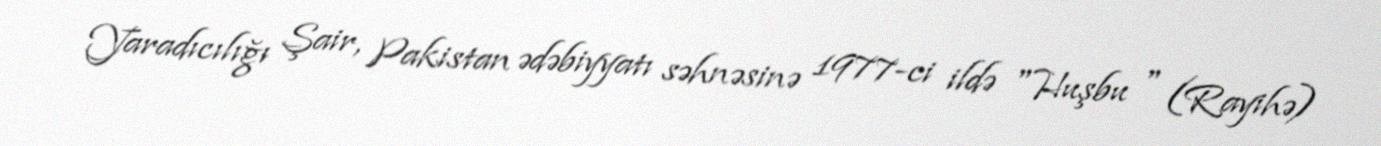
Yaradıcılığı Şair, Pakistan ədəbiyyatı səhnəsinə 1977-ci ildə "Huşbu " (Rayihə)